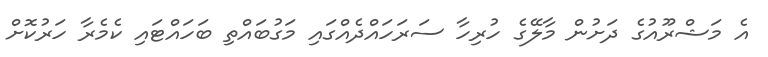
އެ މަޝްރޫއުގެ ދަށުން މާލޭގެ ހުރިހާ ސަރަހައްދެއްގައި މަގުބައްތި ބަހައްޓައި ކެމެރާ ހަރުކޮށް